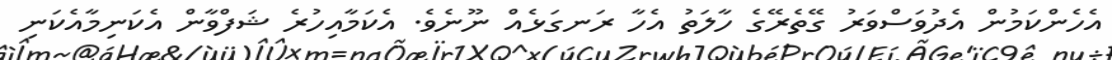
އެހެންކަމުން އެދުވަސްވަރު ގޭތެރޭގެ ހާލަތު އެހާ ރަނގަޅެއް ނޫނެވެ. އެކަމާއިހުރެ ޝަފްވާން އެކަނިމާއެކަނި